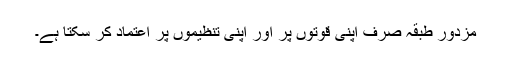
مزدور طبقہ صرف اپنی قوتوں پر اور اپنی تنظیموں پر اعتماد کر سکتا ہے۔